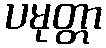
ပမုတ္တာ